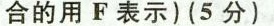
合的用 F 表示)(5 分)